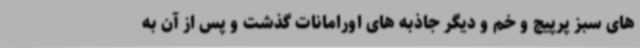
های سبز پرپیچ و خم و دیگر جاذبه های اورامانات گذشت و پس از آن به